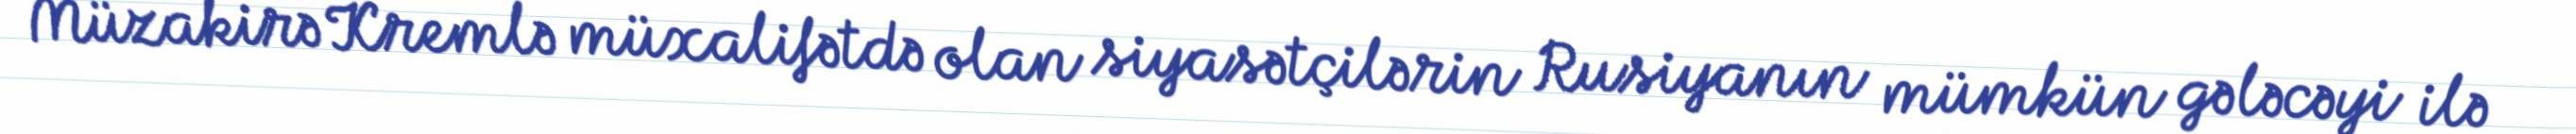
Müzakirə Kremlə müxalifətdə olan siyasətçilərin Rusiyanın mümkün gələcəyi ilə